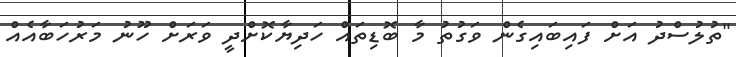
"ތުލުސްދު އަށް ފައިބައިގެން ވަގުތު މާ ބޮޑިތައް ހަދިޔާކޮށްދީ ވަރަށް ހޫނު މަރުހަބާއެއް